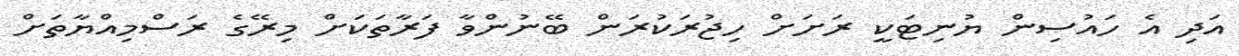
އަދި އެ ހައުސިން ޔުނިޓަކީ ރަށަށް ހިޖުރަކުރަން ބޭނުންވާ ފަރާތަކަށް މިރޭގެ ރަސްމިއްޔާތަށް